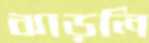
ঝাড়লি